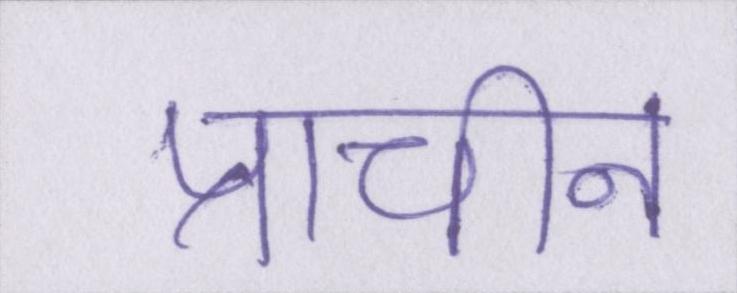
प्राचीन